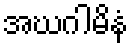
အဃဂါမိနံ